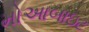
મોઆબાઇટ